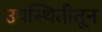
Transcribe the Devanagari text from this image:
उपस्थितीतून